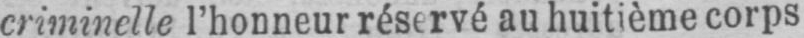
criminelle l’honneur réservé au huitième corps